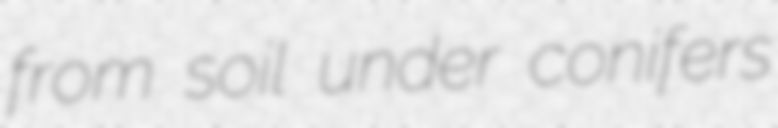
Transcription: from soil under conifers